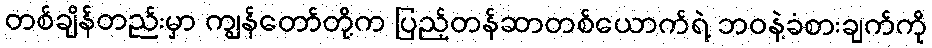
တစ်ချိန်တည်းမှာ ကျွန်တော်တို့က ပြည့်တန်ဆာတစ်ယောက်ရဲ့ ဘဝနဲ့ခံစားချက်ကို